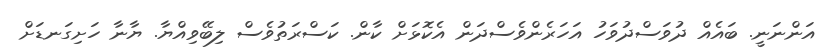
އަންނަނީ. ބައެއް ދުވަސްދުވަހު އަހަރެންވެސްދަން އެކޮޅަށް ކާން. ކަސްރަތުވެސް ލިބޭވިއްޔާ. ޔާނާ ހަށިގަނޑަށް